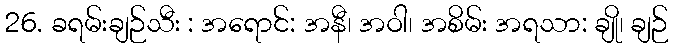
26. ခရမ်းချဉ်သီး : အရောင်: အနီ၊ အဝါ၊ အစိမ်း အရသာ: ချို၊ ချဉ်